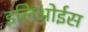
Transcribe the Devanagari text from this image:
इलिओईस